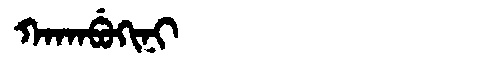
Manchu: ᡴᠠᡴᠠᠪᡠᡴᡳᠨᡳ
Romanization: KAKABUKINI